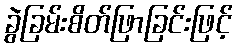
ခွဲခြမ်းစိတ်ဖြာခြင်းဖြင့်